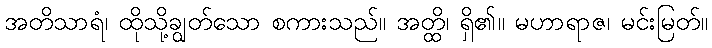
အတိသာရံ၊ ထိုသို့ချွတ်သော စကားသည်။ အတ္ထိ၊ ရှိ၏။ မဟာရာဇ၊ မင်းမြတ်။